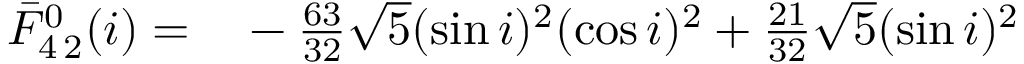
\begin{array} { r l } { \bar { F } _ { 4 \, 2 } ^ { 0 } ( i ) = } & { { } - \frac { 6 3 } { 3 2 } \sqrt { 5 } ( \sin i ) ^ { 2 } ( \cos i ) ^ { 2 } + \frac { 2 1 } { 3 2 } \sqrt { 5 } ( \sin i ) ^ { 2 } } \end{array}